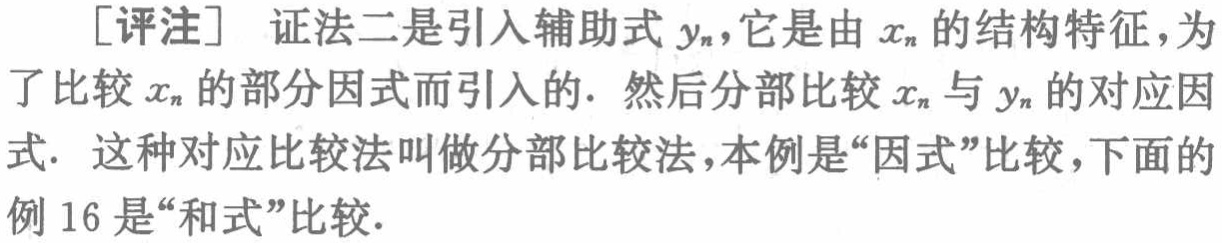
[评注] 证法二是引入辅助式 \(y_{n}\)，它是由 \(x_{n}\) 的结构特征，为了比较 \(x_{n}\) 的部分因式而引入的. 然后分部比较 \(x_{n}\) 与 \(y_{n}\) 的对应因式. 这种对应比较法叫做分部比较法，本例是“因式”比较，下面的例 16 是“和式”比较.